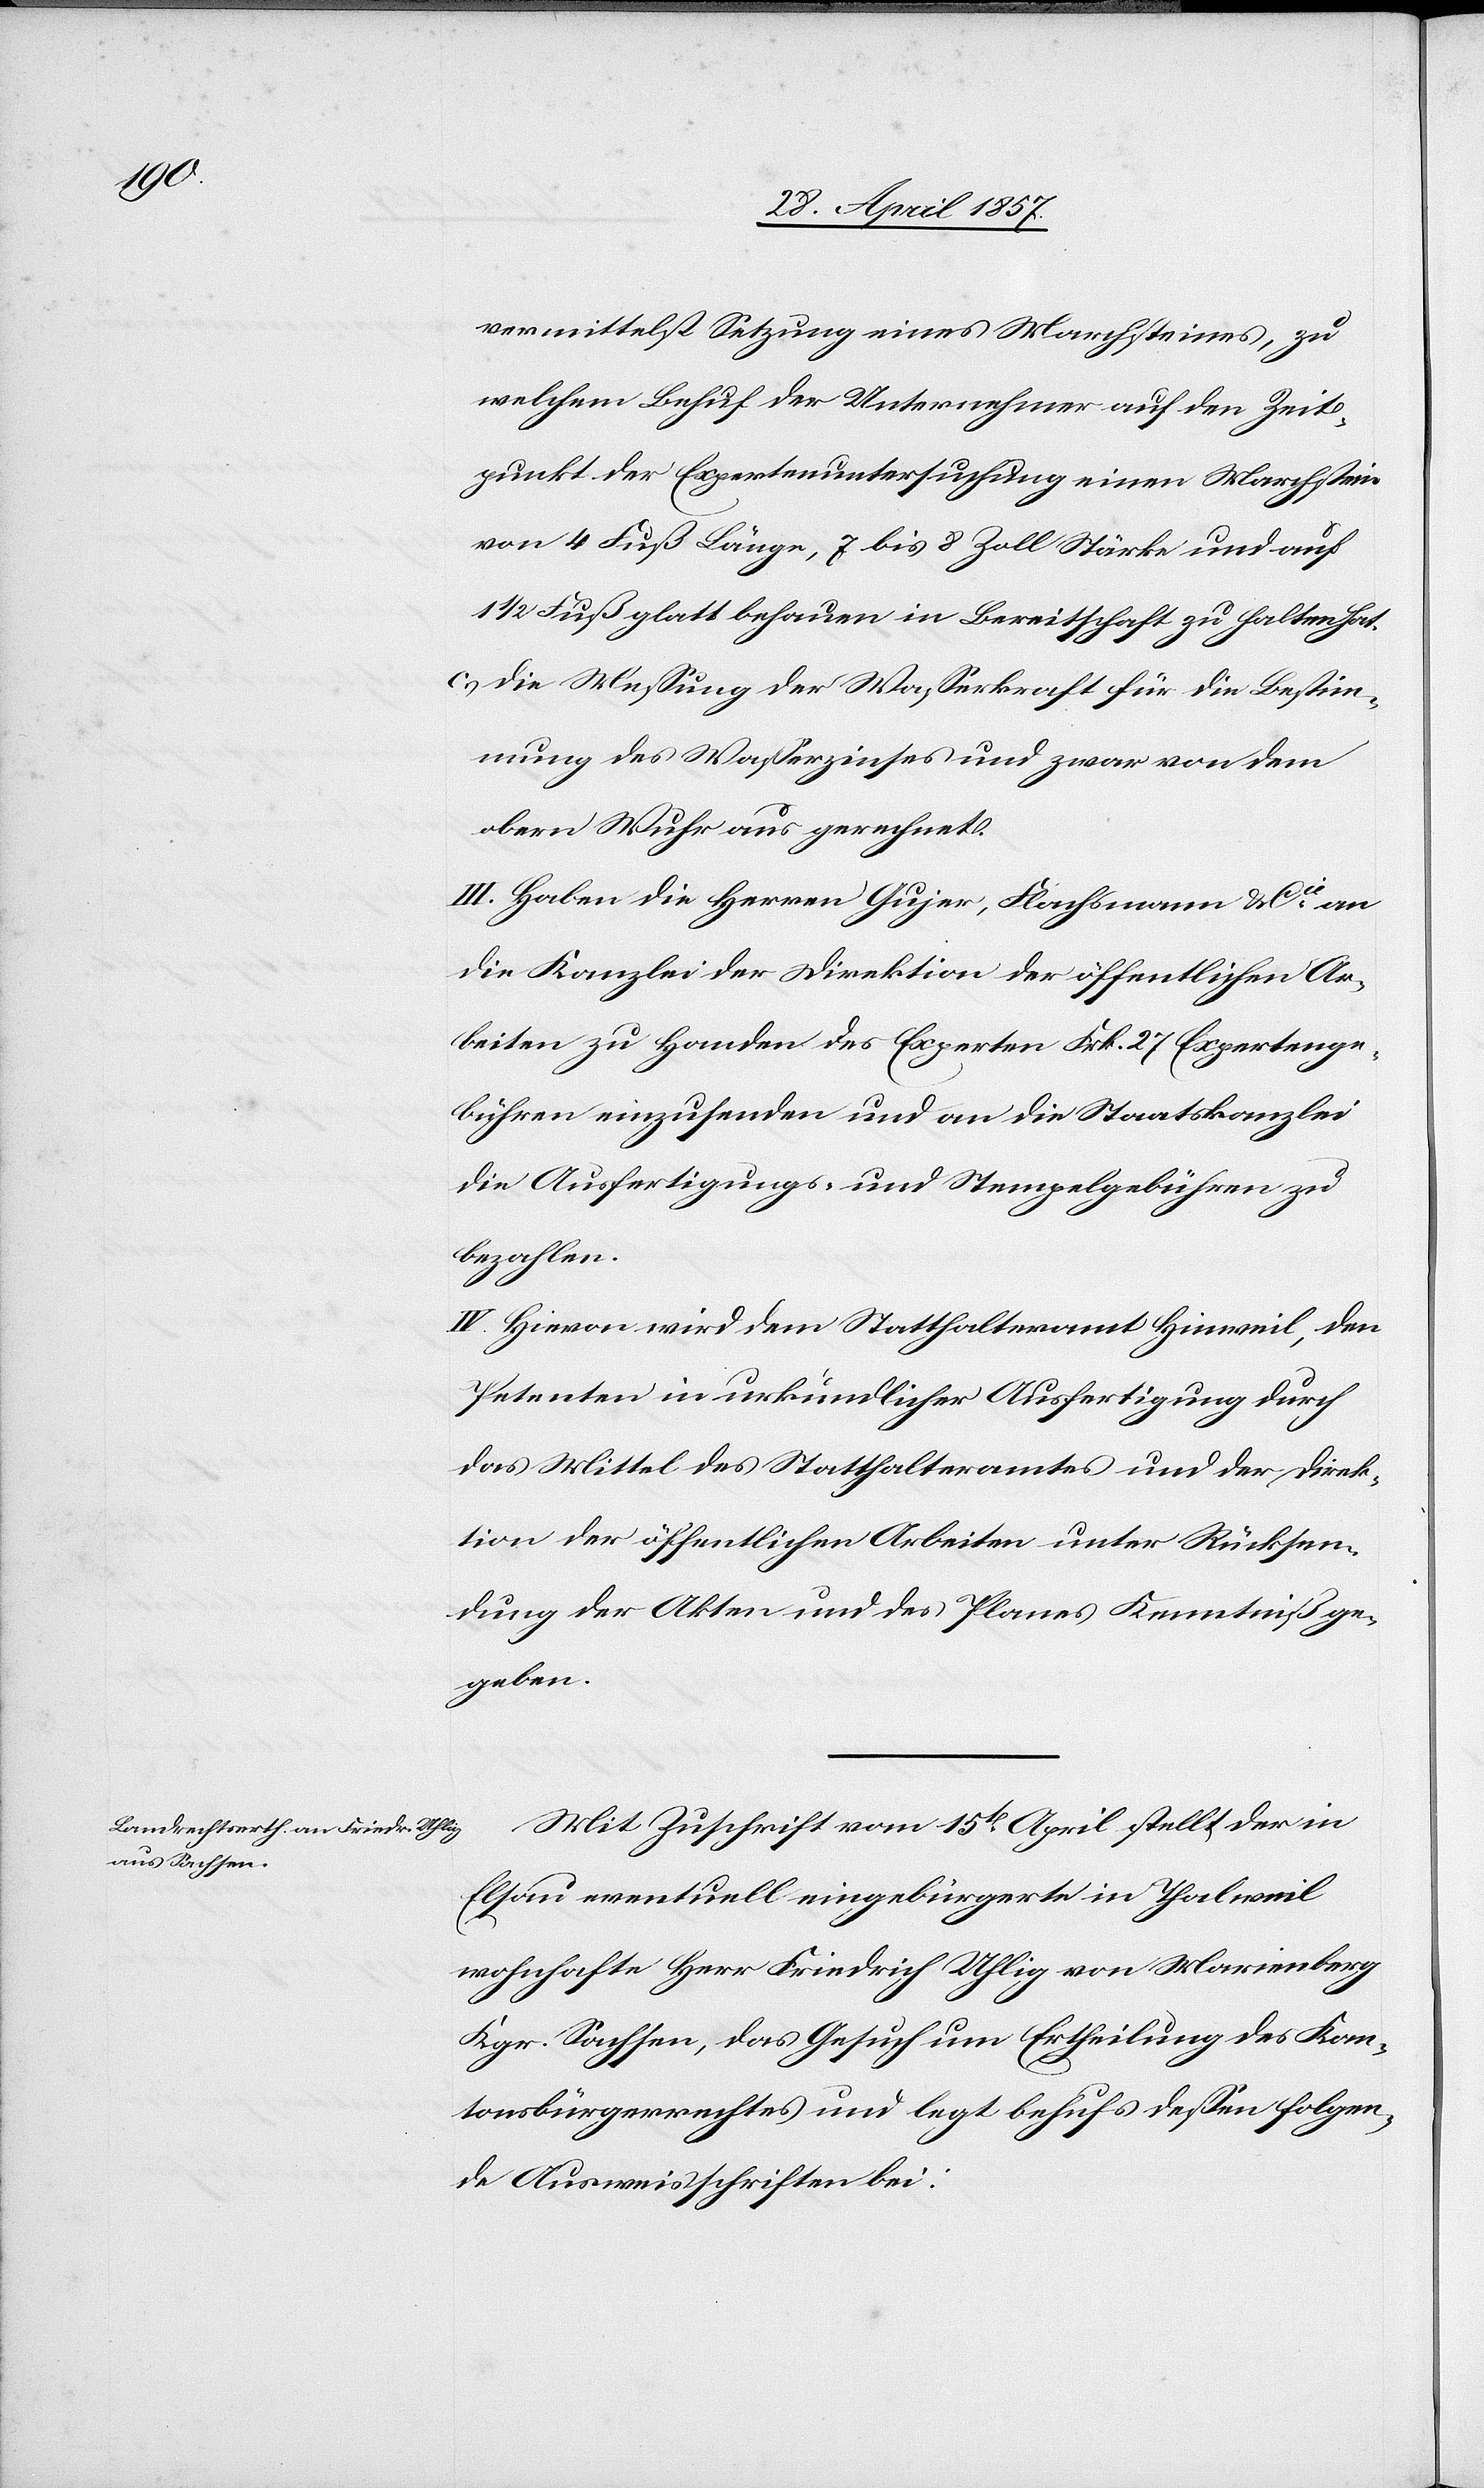
vermittelst Setzung eines Marchsteines, zu
welchem Behuf der Unternehmer auf den Zeit¬
punkt der Expertenuntersuchung einen Marchstein
von 4 Fuß Länge, 7 bis 8 Zoll Stärke und auf
1/2 glatt behauen in Bereitschaft zu halten hat.
c.) die Meßung der Waßerkraft für die Bestim¬
mung des Waßerzinses und zwar von dem
obern Wuhr aus gerechnet.
III. Haben die Herren Gujer, Flachsmann u. Cie an
die Kanzlei der Direktion der öffentlichen Ar¬
beiten zu Handen der Experten Frk. 27 Expertenge¬
bühren einzusenden und an die Staatskanzlei
die Ausfertigungs- u. Stempelgebühren zu
bezahlen.
IV. Hievon wird dem Statthalteramt Hinweil, den
Petenten in urkundlicher Ausfertigung durch
das Mittel des Statthalteramtes und der Direk¬
tion der öffentlichen Arbeiten unter Rücksen¬
dung der Akten und des Planes Kenntniß ge¬
geben.
Mit Zuschrift vom 15t April stellt der in
Elsau eventuell eingebürgerte in Thalweil
wohnhafte Herr Friedrich Uhlig von Marienberg
Kgr. Sachsen, das Gesuch um Ertheilung des Kan¬
tonsbürgerrechtes und legt behufs deßen folgen¬
de Ausweisschriften bei: